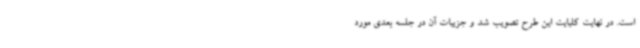
است. در نهایت کلیایت این طرح تصویب شد و جزییات آن در جلسه بعدی مورد